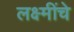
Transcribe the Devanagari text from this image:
लक्ष्मींचे